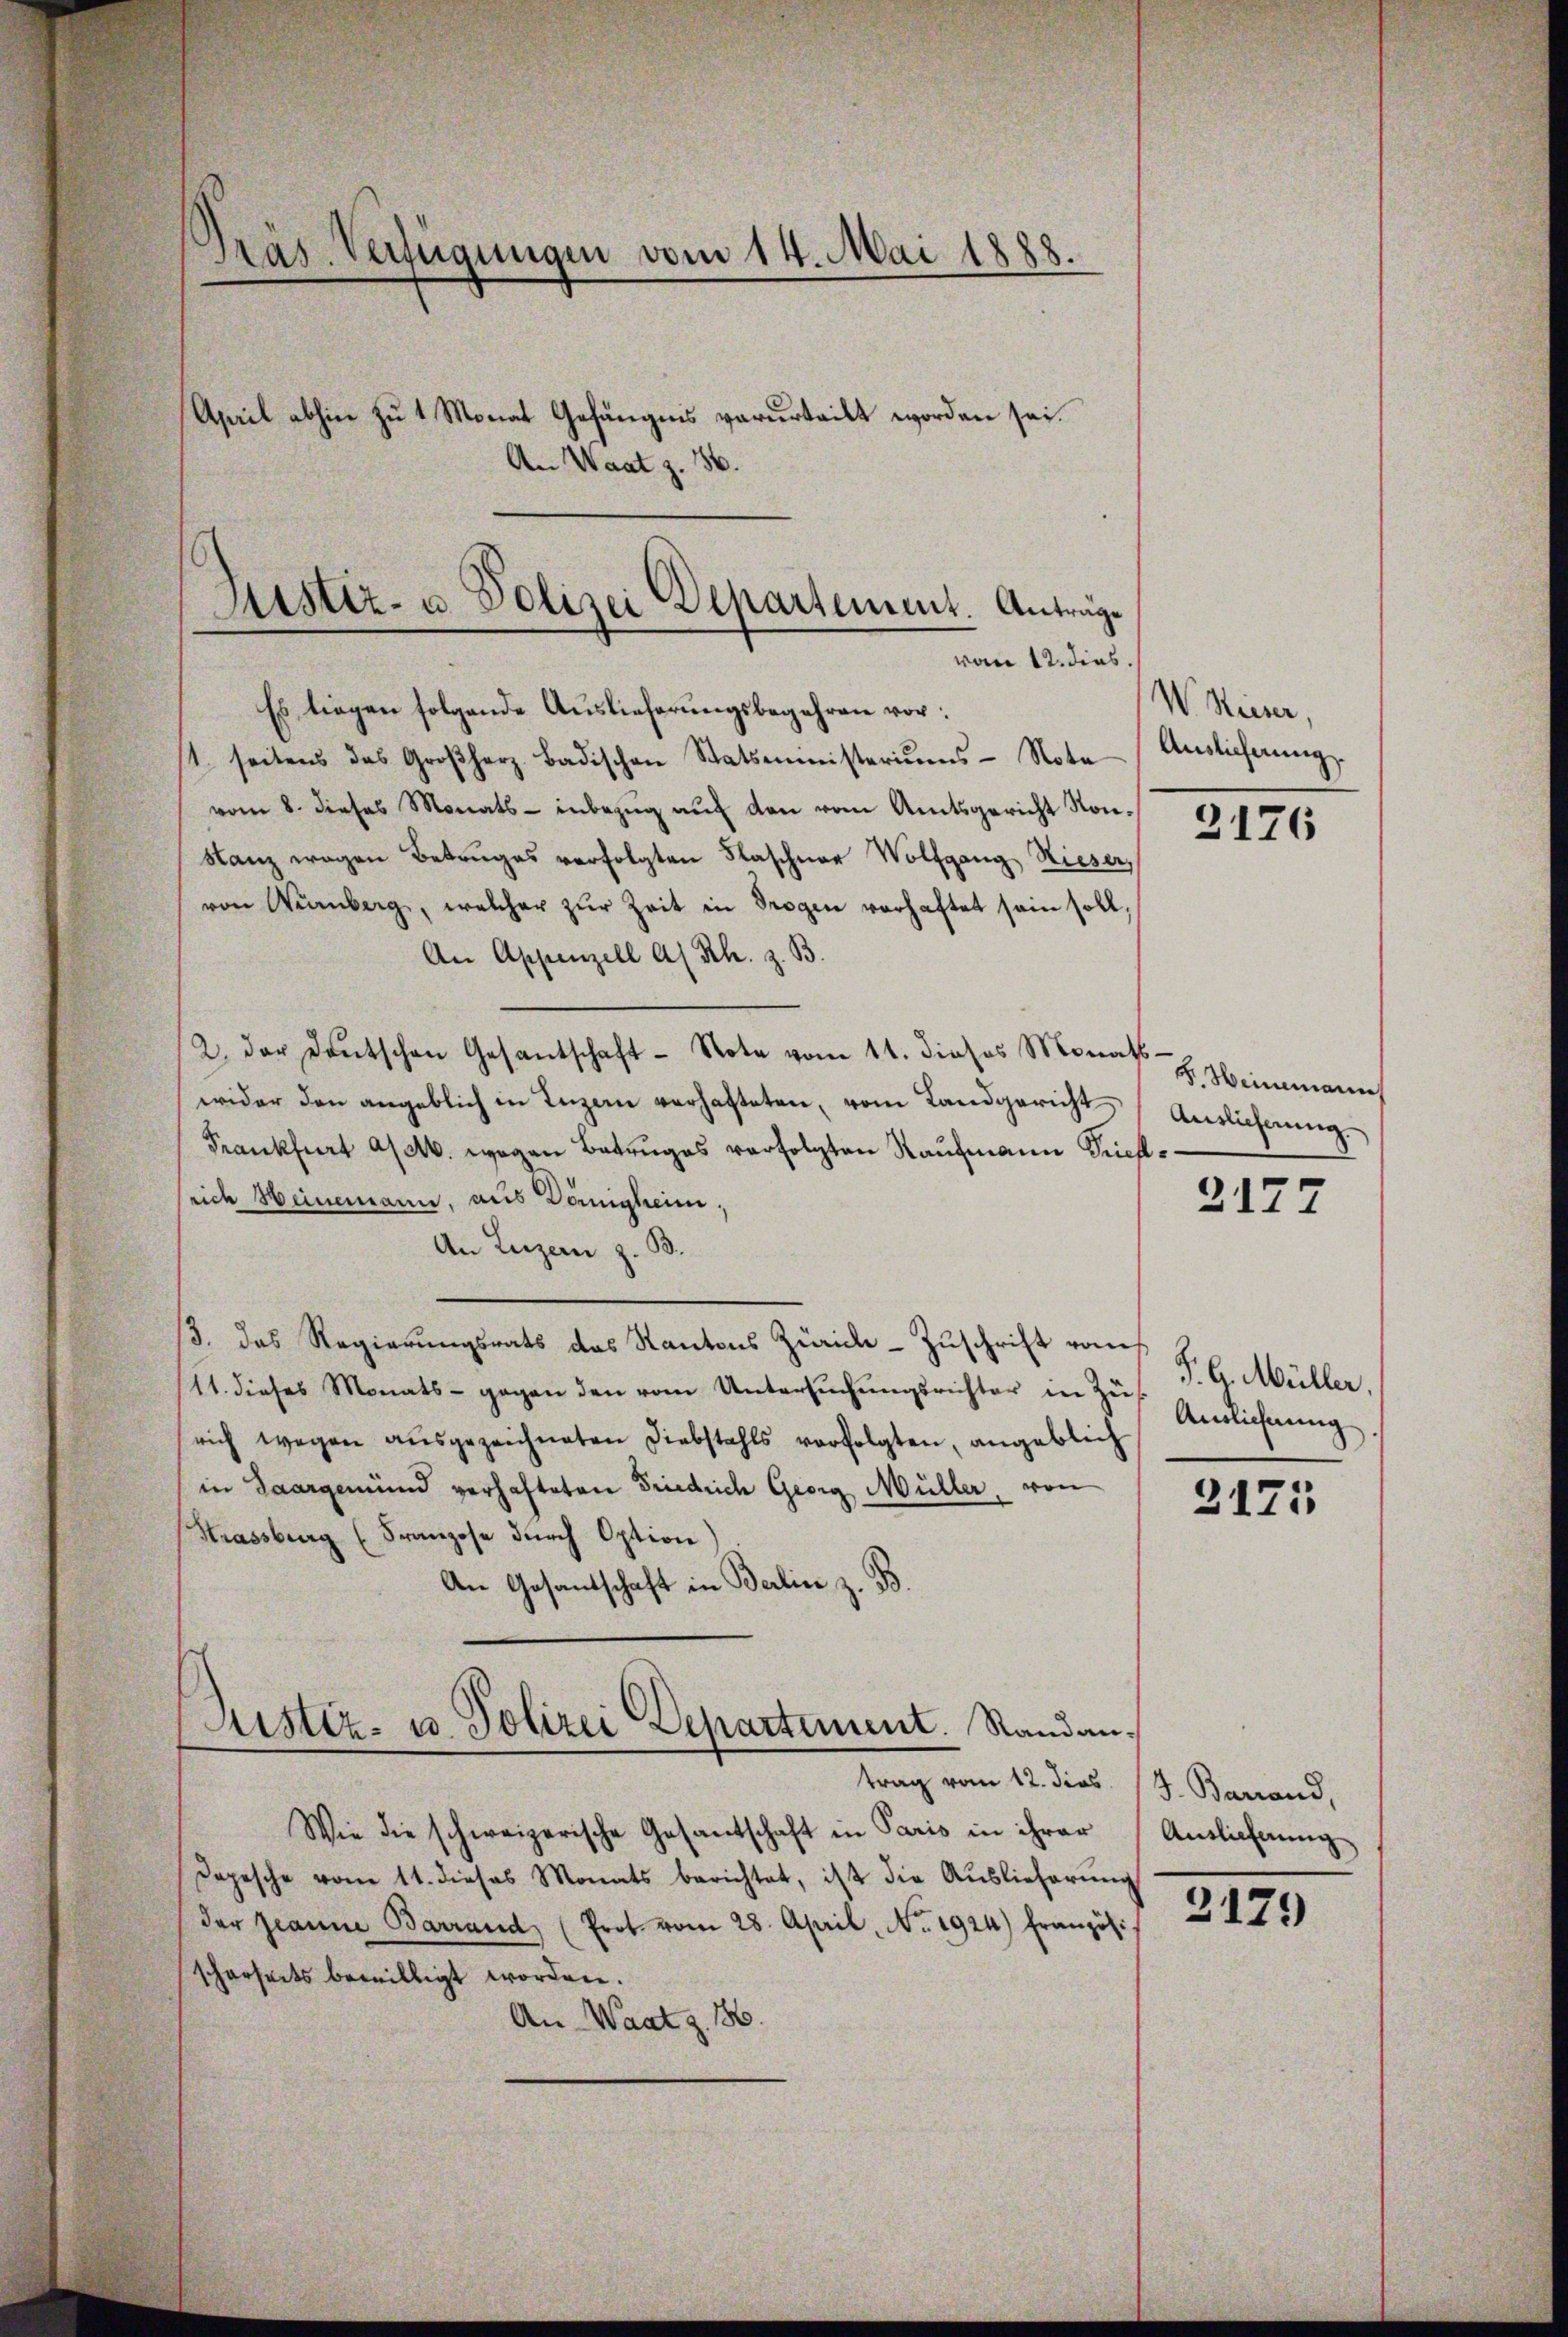
Präs. Verfügungen vom 14. Mai 1888.
April abhin zu 1 Monat Gefängnis verurteilt worden sei.
An Waatz. 36.

Justiz- u Polizei Departement. Anträge
vom 12. dies.

Es liegen folgende Auslieferungsbegehren vor:
1. seitens des Großherz- Badischen Statsministeriŭms Nota
vom 8. dieses Monats- inbezŭg aŭf den vom Amtsgericht Kon¬
Sanz wegen Betruges verfolgten Flaschner Wolfgang Rieser,
von Wanberg, welcher zŭr Zeit in Trogen vorhaftet sein soll,
An Appenzell A. Rh. z. B.
2. der Deutschen Gesantschaft - Note vom 11. dieses Monat
wider den angeblich in Luzern verhafteten, vom Landgericht
Frankfurt a/d. wegen Betruges verfolgten Kaufmann Briefsrich Heinemann, aus Domigheim,
An Luzern z. B.
/3. das Regierungsrats das Kantons Zürich–Zuschrift vom
11. dieses Monats- gegen den vom Untersŭchŭngsrichter in Zus
rich wegen aŭsgezeichneten Diebstahls verfolgten, angeblich
in Saargemünd verhafteten Friedrich Georg Müller, von
Strassburg (Franzose durch Option
An Gesandtschaft in Berlin z. B.
Astiz- u. Polizei Departement. Randantrag vom 12. dies
Wie die schweizerische Gesantschaft in Paris in ihrer
Depesche vom 11. dieses Monats berichtet, ist die Auslieferung
der Jeanne Barrand (Prot. vom 28. April, No. 1924) Französi-
scharseits bewilligt worden.
An Waatz. 186.

W. Keiser.
Auslieferung

2176

B. Weinmann
Auslichnung

2177

P. G. Müller.
Anslichnung

2171

J. Barrand,
Auslieferung

2179